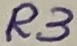
Text: R3